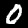
Label: 0